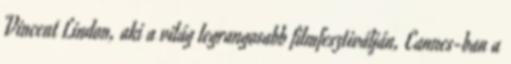
Vincent Lindon, aki a világ legrangosabb filmfesztiválján, Cannes-ban a